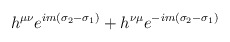
\begin{align*}h^{\mu\nu}e^{im(\sigma_2-\sigma_1)}+h^{\nu\mu}e^{-im(\sigma_2-\sigma_1)}\end{align*}